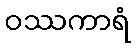
ဝဿကာရံ